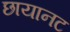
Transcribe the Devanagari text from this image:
छायानट